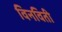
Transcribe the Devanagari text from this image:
विनविती